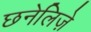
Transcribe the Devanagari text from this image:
छनेलिज़े